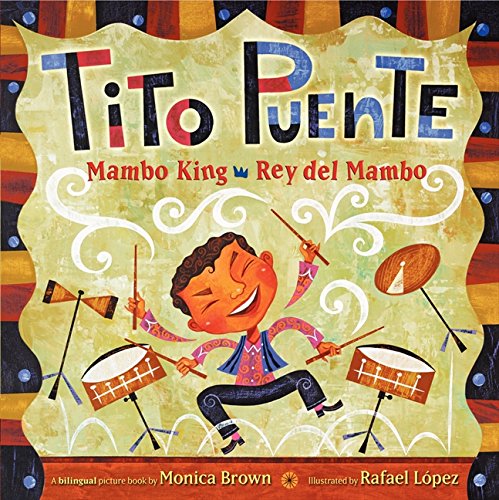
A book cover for Tito Puente, Mambo King/Tito Puente, Rey del Mambo (Pura Belpre Honor Books - Illustration Honor); Monica Brown; Children's Books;